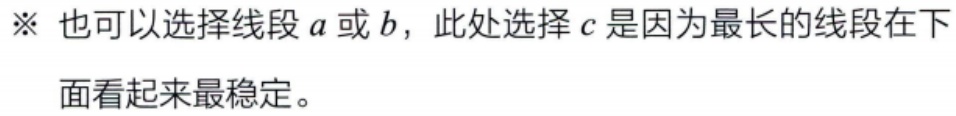
※ 也可以选择线段 \(a\) 或 \(b\)，此处选择 \(c\) 是因为最长的线段在下面看起来最稳定。